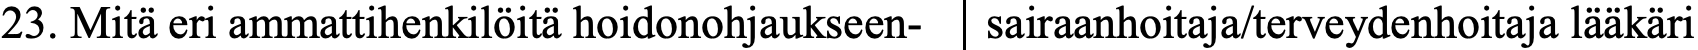
23. Mitä eri ammattihenkilöitä hoidonohjaukseen- sairaanhoitaja/terveydenhoitaja lääkäri